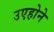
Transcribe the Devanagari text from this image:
उएहोने